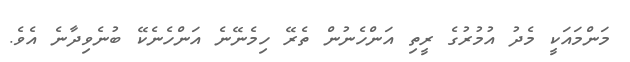
މަންމައަކީ މެދު އުމުރުގެ ރީތި އަންހެނުން ތެރޭ ހިމެނޭނެ އަންހެނެކޭ ބުނެވިދާނެ އެވެ.